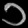
Digit: ၁